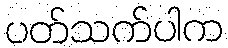
ပတ်သက်ပါက